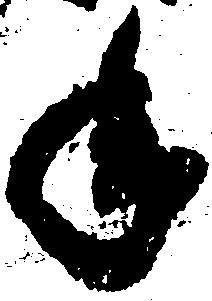
年